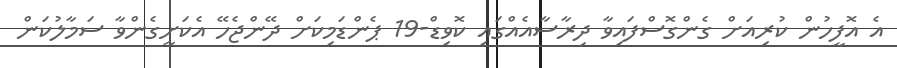
އެ އޮފީހުން ކުރިއަށް ގެންގޮސްފައިވާ ދިރާސާއެއްގައި ކޮވިޑް-19 ޕެންޑަމިކަށް ދޭންޖެހޭ އެކަށީގެންވާ ސަމާލުކަން